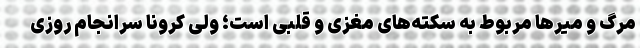
مرگ و میرها مربوط به سکته‌های مغزی و قلبی است؛ ولی کرونا سرانجام روزی